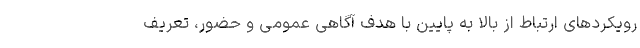
رویکردهای ارتباط از بالا به پایین با هدف آگاهی عمومی و حضور، تعریف